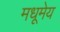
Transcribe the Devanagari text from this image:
मधूमेय